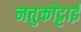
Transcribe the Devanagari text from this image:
नत्तुकोट्टाई